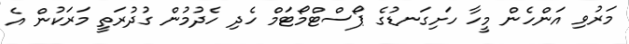
މަރުވި އަންހެން މީހާ ހަށިގަނޑުގެ ޕޯސްޓްމޯޓަމް ހެދި ހެދުމުން ގުދުރަތީ މަރަކުން އެ